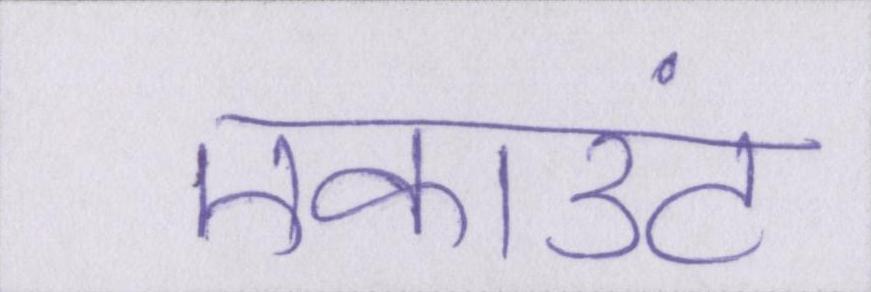
एकाउंट